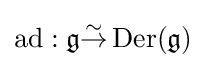
\operatorname {ad} :{\mathfrak {g}}{\overset {\sim }{\to }}\operatorname {Der} ({\mathfrak {g}})